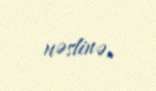
nəslinə.